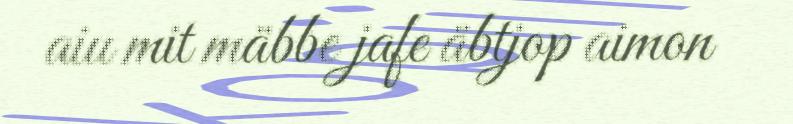
aiu mit mäbbe jafe äbtjop aimon